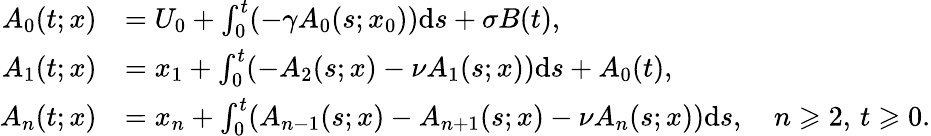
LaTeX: \begin{array}{rl}{A_{0}(t;x)}&{=U_{0}+\int_{0}^{t}(-\gamma A_{0}(s;x_{0}))\mathrm{d}s+\sigma B(t),}\\ {A_{1}(t;x)}&{=x_{1}+\int_{0}^{t}(-A_{2}(s;x)-\nu A_{1}(s;x))\mathrm{d}s+A_{0}(t),}\\ {A_{n}(t;x)}&{=x_{n}+\int_{0}^{t}({A_{n-1}(s;x)}-A_{n+1}(s;x)-\nu A_{n}(s;x))\mathrm{d}s,\quad n\geqslant 2,\, t\geqslant 0.}\end{array}